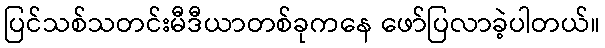
ပြင်သစ်သတင်းမီဒီယာတစ်ခုကနေ ဖော်ပြလာခဲ့ပါတယ်။